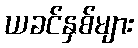
ယခင်နှစ်များ